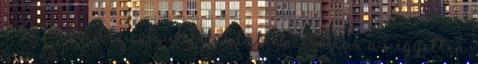
– És? – kérdezi végül felindultan. Tobias az egyetlen